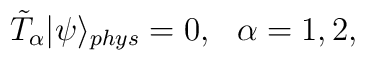
\tilde{T}_\alpha | \psi \rangle_{phys} = 0, \,\,\,\, \alpha=1,2,